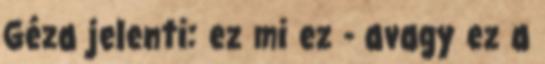
Géza jelenti: ez mi ez - avagy ez a